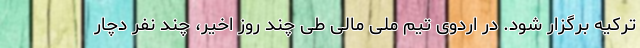
ترکیه برگزار شود. در اردوی تیم ملی مالی طی چند روز اخیر، چند نفر دچار